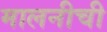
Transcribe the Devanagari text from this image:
मालनीची